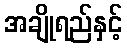
အချိုရည်နှင့်